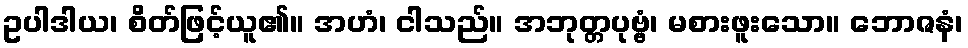
ဥပါဒါယ၊ စိတ်ဖြင့်ယူ၏။ အဟံ၊ ငါသည်။ အဘုတ္တပုဗ္ဗံ၊ မစားဖူးသော။ ဘောဇနံ၊